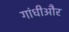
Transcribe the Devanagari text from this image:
गांधीऔर